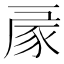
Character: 𧰳